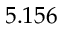
5 . 1 5 6